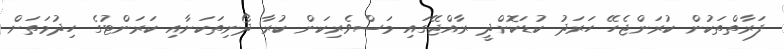
ފަރާތްތަކުން ކުރަންޖެހޭ ހަރަދު ކުޑަކޮށްދީ ރާއްޖޭގައި މަސްވެރިކަން ކުރާ ދޯނިތަކަށާއި ކަރަންޓުގެ ހިދުމަތަށް